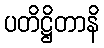
ပတိဋ္ဌိတာနိ